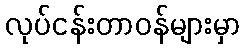
လုပ်ငန်းတာဝန်များမှာ